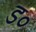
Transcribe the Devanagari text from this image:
ड०